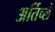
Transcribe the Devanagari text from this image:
अर्तिच्ले